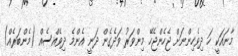
މާނައަކީ ހަ ދިވެހިންނަށް ޖެހެންޖެހޭ މިންވަރު ވަދެގެން ދަނީ އެންމެ ދިވެއްސެއް (މެންބަރެއް)